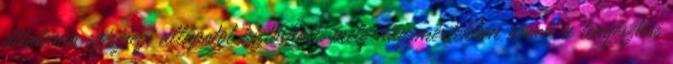
általános egészségi állapotot biztosított, mely nagymértékben növeli a tenyésztési